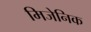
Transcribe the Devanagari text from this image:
मिजेनिक